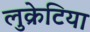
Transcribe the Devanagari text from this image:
लुक्रेटिया